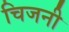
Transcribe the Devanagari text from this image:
चिजनी